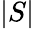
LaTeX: |S|